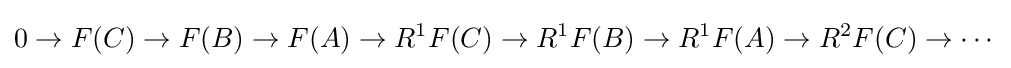
0\to F(C)\to F(B)\to F(A)\to R^{1}F(C)\to R^{1}F(B)\to R^{1}F(A)\to R^{2}F(C)\to \cdots